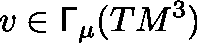
v \in \mathsf { \Gamma } _ { \mu } ( T M ^ { 3 } )